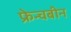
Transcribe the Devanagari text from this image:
फ्रेन्चबीन